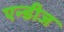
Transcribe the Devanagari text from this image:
एन्डीज